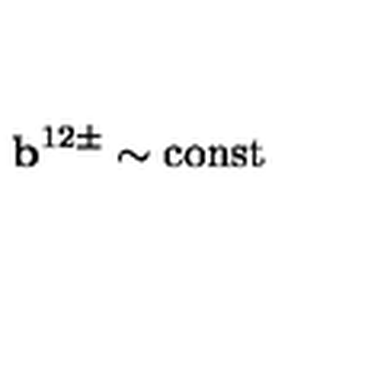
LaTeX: { \bf b } ^ { 1 2 \pm } \sim \mathrm { c o n s t }